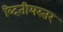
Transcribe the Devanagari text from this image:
व्दितीयस्तर